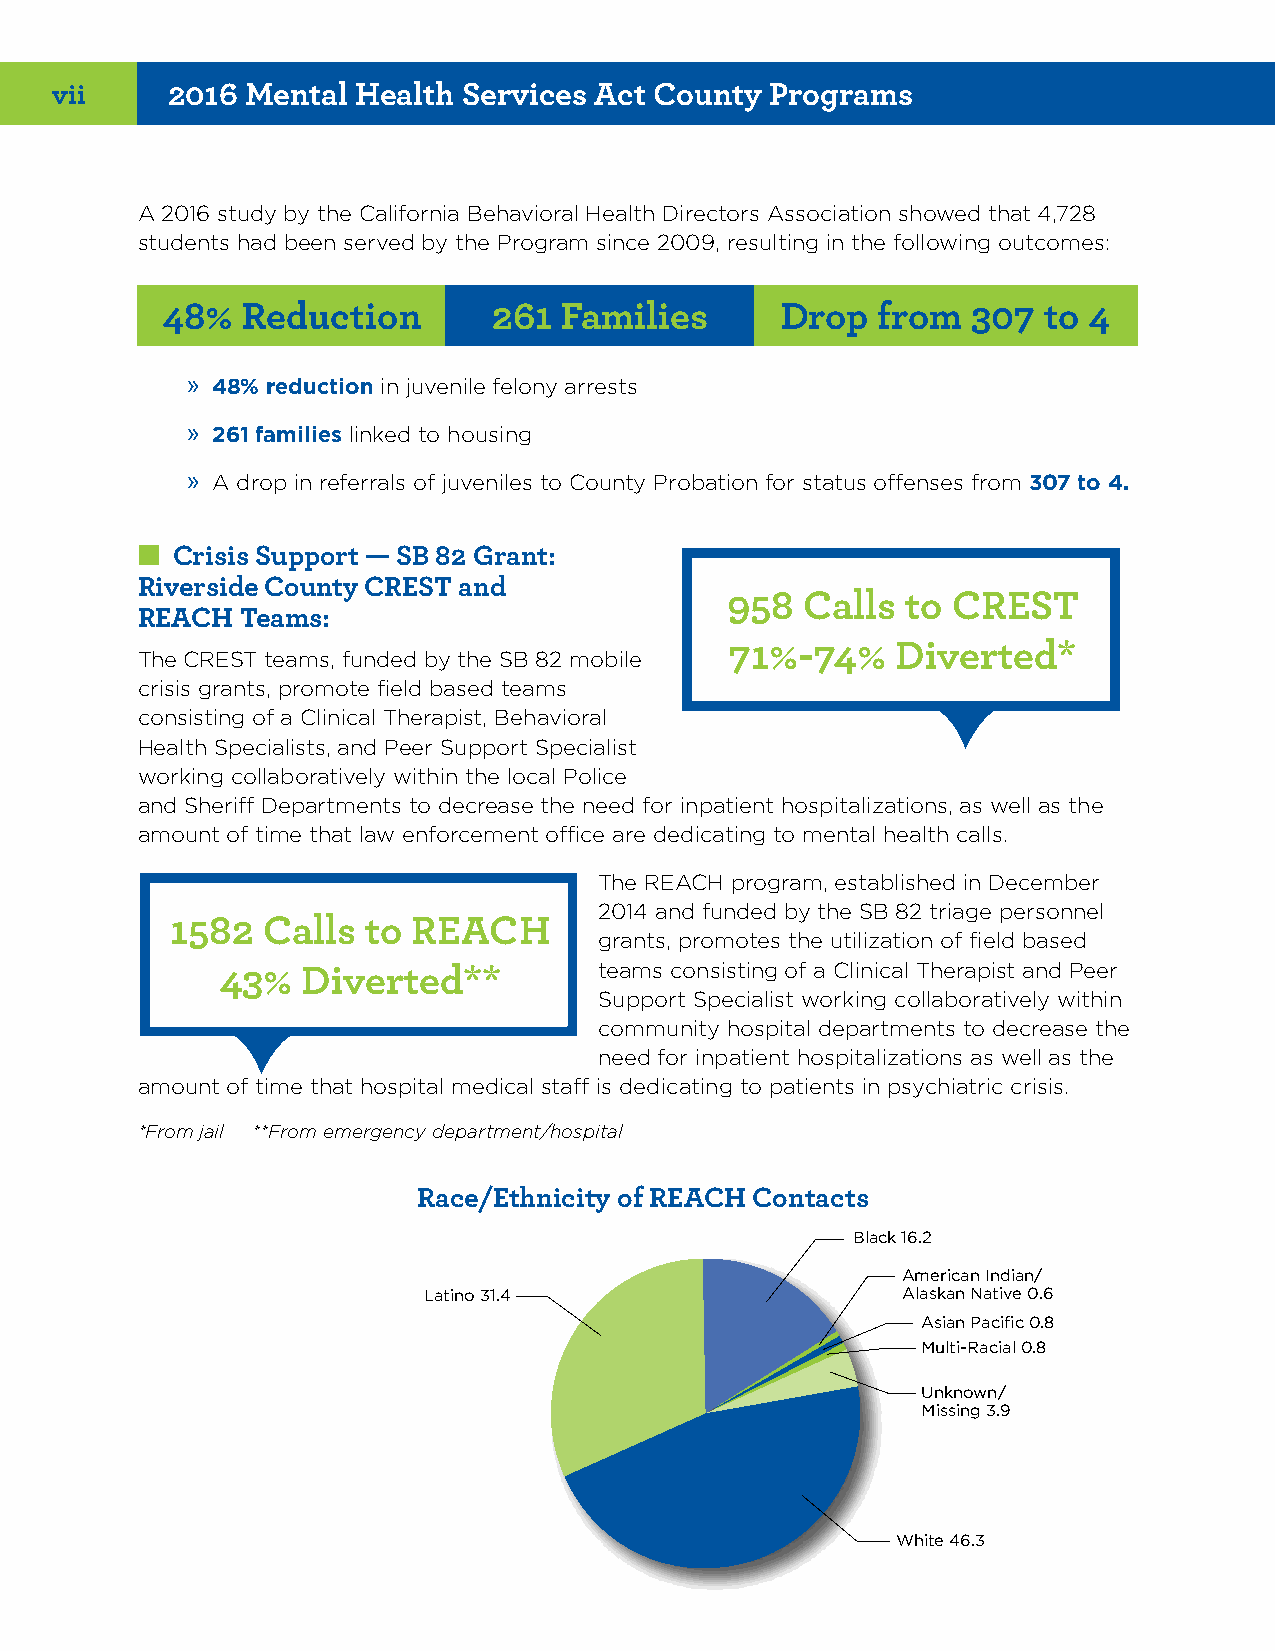
vii     2016 Mental  Health Services Act County Programs
 A 2016 study by the California Behavioral Health Directors Association showed that 4,728
 students had been served by the Program since 2009, resulting in the following outcomes:
 48%  Reduction        261 Families       Drop  from  307  to 4
 » 48% reduction in juvenile felony arrests
 » 261 families linked to housing
 » A drop in referrals of juveniles to County Probation for status offenses from 307 to 4.
 ■■Crisis Support — SB 82 Grant:
 Riverside County CREST and
 958  Calls  to CREST
 REACH  Teams:
 71%-74%    Diverted*
 The CREST teams, funded by the SB 82 mobile
 crisis grants, promote field based teams
 consisting of a Clinical Therapist, Behavioral
 Health Specialists, and Peer Support Specialist
 working collaboratively within the local Police
 and Sheriff Departments to decrease the need for inpatient hospitalizations, as well as the
 amount of time that law enforcement office are dedicating to mental health calls.
 The REACH program, established in December
 2014 and funded by the SB 82 triage personnel
 1582  Calls  to REACH
 grants, promotes the utilization of field based
 teams consisting of a Clinical Therapist and Peer
 43%   Diverted**
 Support Specialist working collaboratively within
 community hospital departments to decrease the
 need for inpatient hospitalizations as well as the
 amount of time that hospital medical staff is dedicating to patients in psychiatric crisis.
 *From jail **From emergency department/hospital
 Race/Ethnicity of REACH Contacts
 Black 16.2
 American Indian/
 Latino 31.4                     Alaskan Native 0.6
 Asian Pacific 0.8
 Multi-Racial 0.8
 Unknown/
 Missing 3.9
 White 46.3